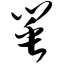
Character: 罂